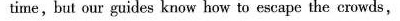
time , but our guides know how to escape the erowds ,